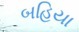
બહિયા